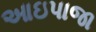
આઇપાજા